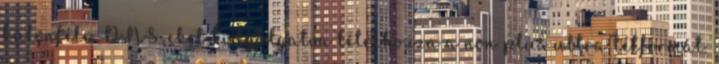
különféle DNS-eket kutyulgatva létrehozza a non plus ultra létformát.